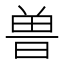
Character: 𰗀